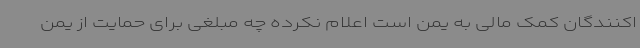
اکنندگان کمک مالی به یمن است اعلام نکرده چه مبلغی برای حمایت از یمن